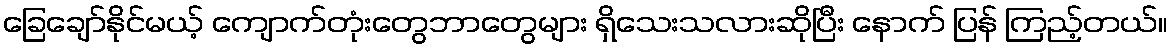
ခြေချော်နိုင်မယ့် ကျောက်တုံးတွေဘာတွေများ ရှိသေးသလားဆိုပြီး နောက် ပြန် ကြည့်တယ်။